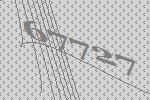
67727